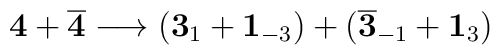
{\bf 4} + \overline{\bf 4}\longrightarrow ({\bf 3}_1 + {\bf 1}_{-3}) + (\overline{\bf 3}_{-1}+{\bf 1}_{3})